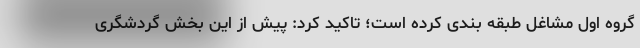
گروه اول مشاغل طبقه بندی کرده است؛ تاکید کرد: پیش از این بخش گردشگری